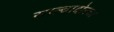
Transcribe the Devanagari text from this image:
साल्वादोरचा